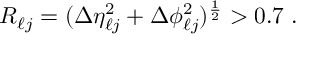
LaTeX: R _ { \ell j } = ( \Delta \eta _ { \ell j } ^ { 2 } + \Delta \phi _ { \ell j } ^ { 2 } ) ^ { \frac { 1 } { 2 } } > 0 . 7 \; .